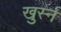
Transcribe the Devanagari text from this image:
खुर्स्न